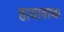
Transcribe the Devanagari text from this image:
हायावाथा